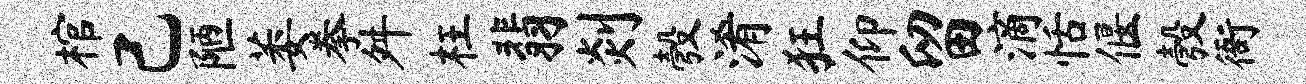
棺己陋萎拳舛枉翡剡彀淆狂仰留滴恬偃彀衙